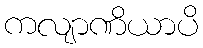
ကလျာဏိယာပိ